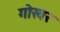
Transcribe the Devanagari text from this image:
गोखर